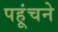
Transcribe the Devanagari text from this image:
पहूंचने